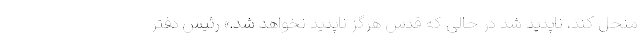
منحل کند، ناپدید شد در حالی که قدس هرگز ناپدید نخواهد شد.» رئیس دفتر